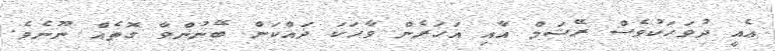
އެއީ ދުވަހަކުވެސް ރޭޝަމް އާއި އަހަރެން ވާހަކަ ދައްކަން ބޭނުންވާ ގޮތެއް ނޫނެވެ.